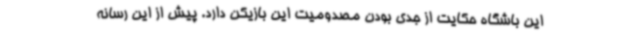
این باشگاه حکایت از جدی بودن مصدومیت این بازیکن دارد. پیش از این رسانه